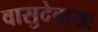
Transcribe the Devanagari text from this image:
वासुदेवायः